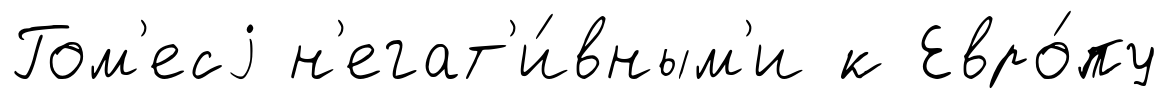
Гом'есj н'егат'и́вным'и к Евро́пу